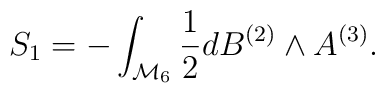
S_1=-\int_{{\cal M}_6}{1\over 2}d B^{(2)}\wedge A^{(3)}.